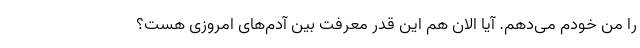
را من خودم می‌دهم. آیا الان هم این قدر معرفت بین آدم‌های امروزی هست؟